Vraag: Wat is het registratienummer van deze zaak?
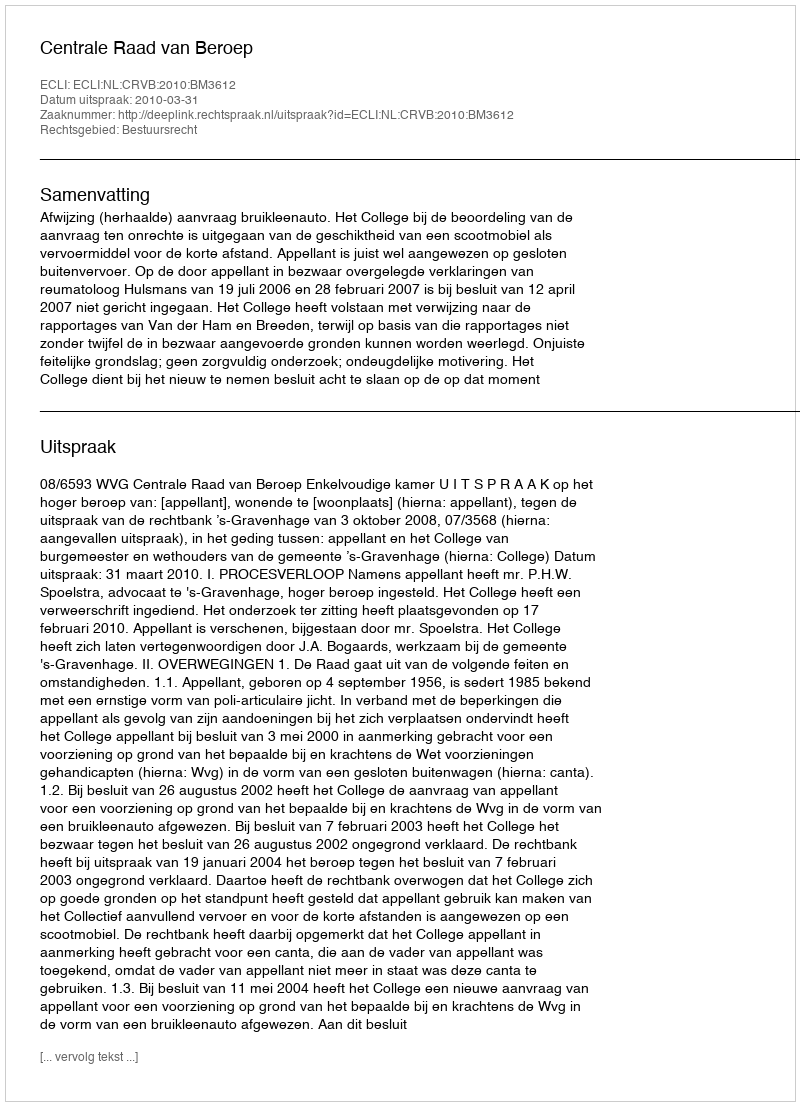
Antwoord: http://deeplink.rechtspraak.nl/uitspraak?id=ECLI:NL:CRVB:2010:BM3612